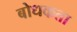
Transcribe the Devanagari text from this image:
बोधकता